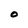
Character: O